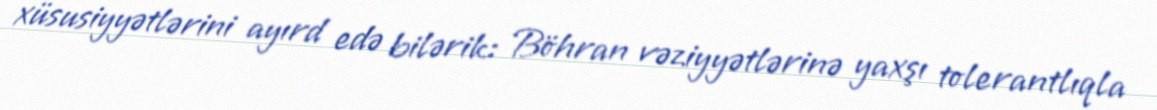
xüsusiyyətlərini ayırd edə bilərik: Böhran vəziyyətlərinə yaxşı tolerantlıqla